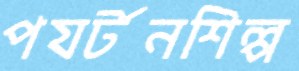
পযর্টনশিল্প